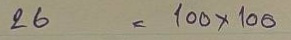
26 = 100 x 100